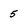
Character: 5